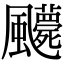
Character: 𩙛